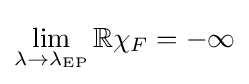
\lim _{\lambda \to \lambda _{\mathrm {EP} }}\mathbb {Re} \chi _{F}=-\infty